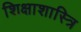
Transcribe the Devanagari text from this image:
शिक्षाशास्त्रि